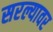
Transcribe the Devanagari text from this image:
सरल्यावर